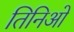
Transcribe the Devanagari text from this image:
तिनिओ